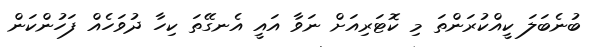
ބުނެބަލަ ކީއްކުރަންތަ މި ކޮޓަރިއަށް ނަވާ އައީ އެނގޭތަ ކިހާ ދުވަހެއް ފަހުންކަން